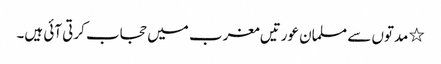
٭ مدتوں سے مسلمان عورتیں مغرب میں حجاب کرتی آئی ہیں۔